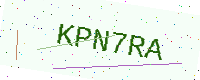
Text: KPN7RA